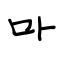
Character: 卟